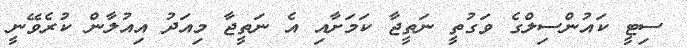
ސިޓީ ކައުންސިލްގެ ވަގުތީ ނަތީޖާ ކަމަށާއި އެ ނަތީޖާ މިއަދު އިއުލާން ކުރެވޭނީ